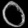
Digit: ၀